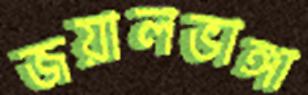
জয়ালভাঙ্গা